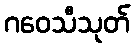
ဂဝေသီသုတ်